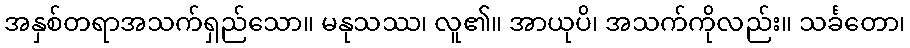
အနှစ်တရာအသက်ရှည်သော။ မနုသဿ၊ လူ၏။ အာယုပိ၊ အသက်ကိုလည်း။ သင်္ခတော၊